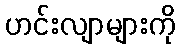
ဟင်းလျာများကို